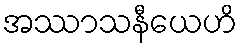
အဿာသနီယေဟိ